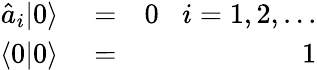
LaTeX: \begin{array}{rlr}{\hat{a}_{i}|0\rangle}&{{}=}&{0\; \; \; i=1,2,...}\\ {\langle 0|0\rangle}&{{}=}&{1}\end{array}